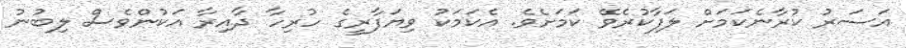
އަސަރު ކުރާނެކަމަށް ލަފާކުރެވޭ ކަމަށެވެ. އެކަމަކު ވިޔަފާރީގެ ހުރިހާ ދާއިރާ އަކުންވެސް ލިބުނު